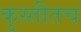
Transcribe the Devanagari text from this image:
कुस्तीतच